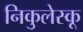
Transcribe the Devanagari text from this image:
निकुलेस्कू